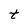
Character: t